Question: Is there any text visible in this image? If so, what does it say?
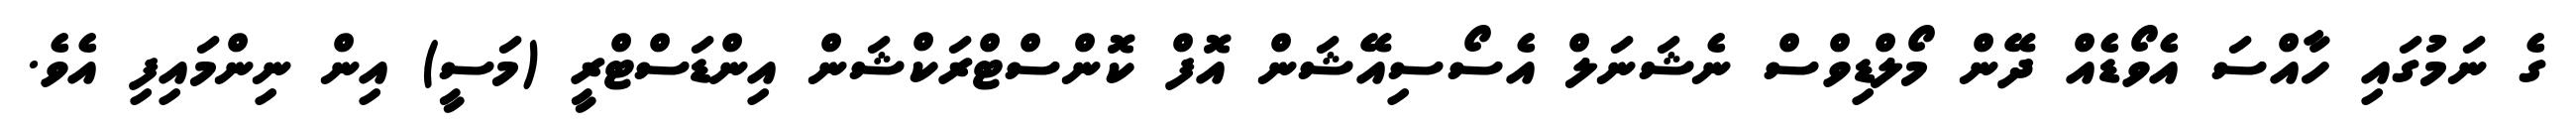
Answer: ގެ ނަމުގައި ހާއްސަ އެވޯޑެއް ދޭން މޯލްޑިވްސް ނެޝަނަލް އެސޯސިއޭޝަން އޮފް ކޮންސްޓްރަކްޝަން އިންޑަސްޓްރީ (މަސީ) އިން ނިންމައިފި އެވެ.